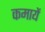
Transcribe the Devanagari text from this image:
कमायें